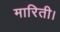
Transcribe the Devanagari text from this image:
मारिती।